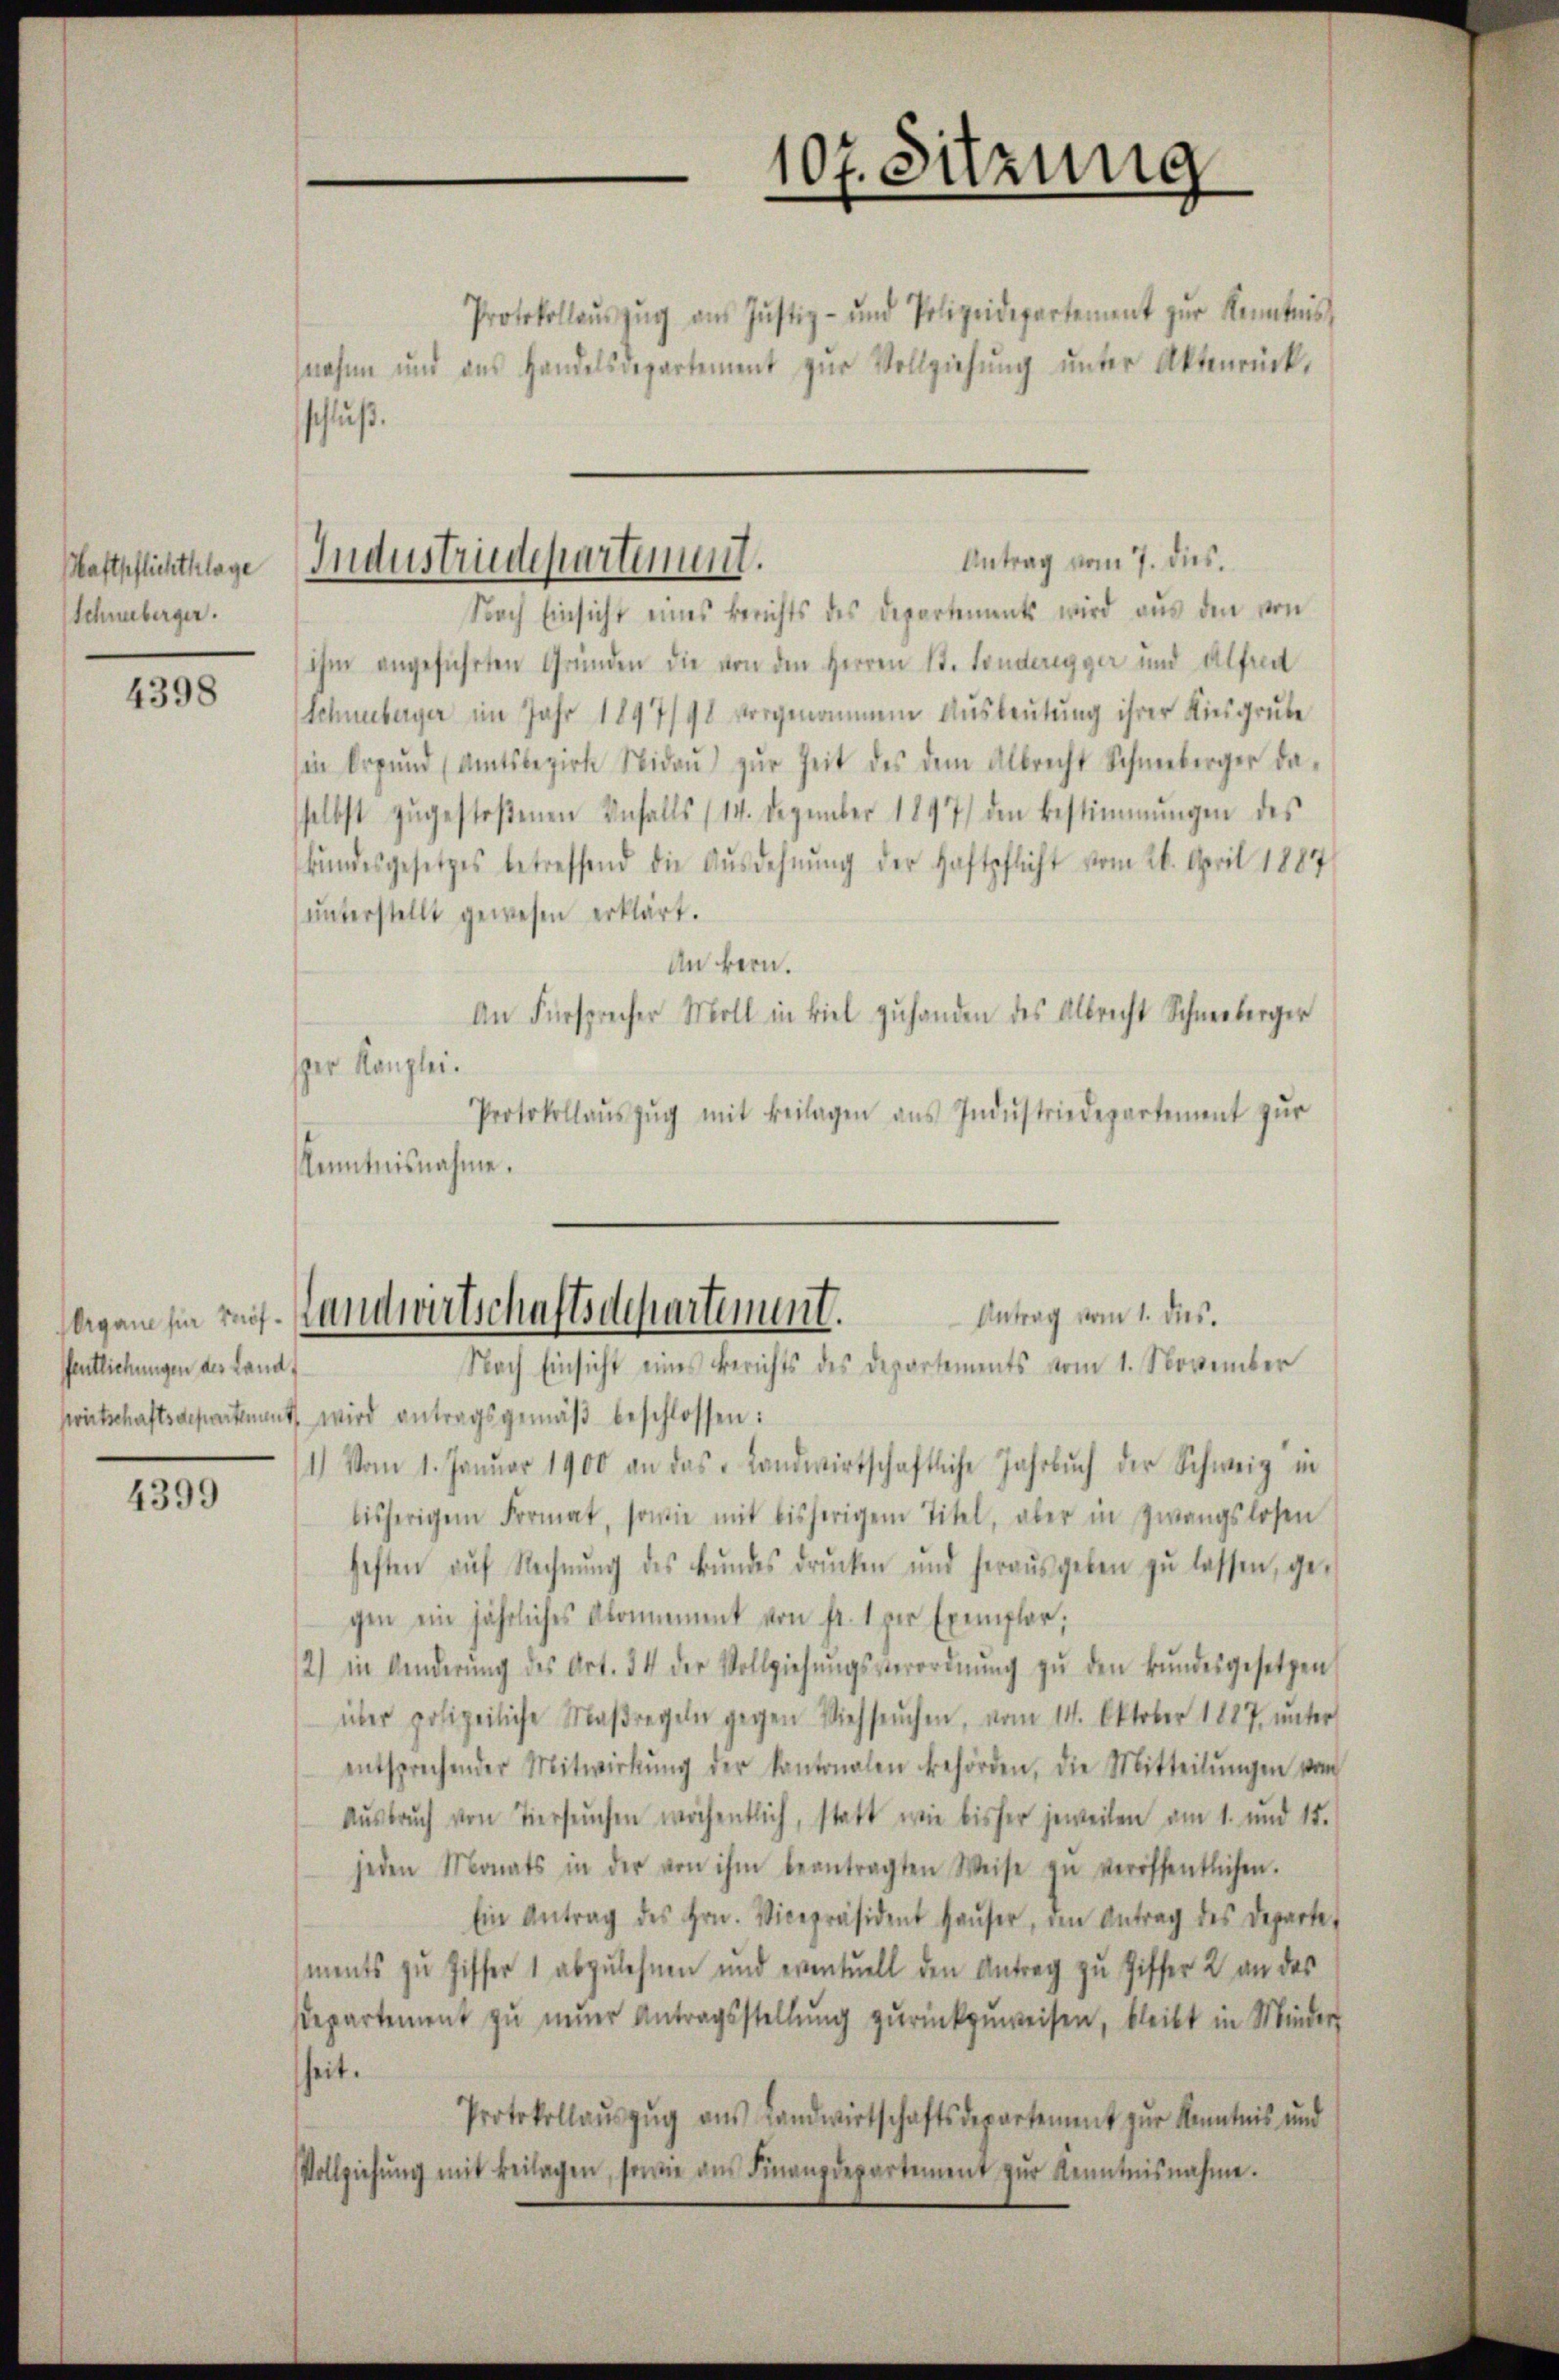
Haftpflichthlage
Schneeberger.

4398

fentlichungen des Land

4399

Antrag vom 7. dies.
Industriedepartement.

107. Sitzung

Protokollaŭszŭg ans Justiz- und Polizeidepartement zŭr Kenntnis
nahme und das Handelsdepartement zŭr Vollziehŭng ŭnter Aktenrück,
schluß.
Nach Einsicht eines Berichts des Departements wird aus den von
ihm angeführten Gründen die von den Herren St. Sonderegger und Alfe
Schneeberger im Jahr 1897/98 vorgenommene Ausbeutung ihrer Kiesgrube
in Brŭnd (Amtsbezirk Nidaŭ zŭr Zeit des dem Albrecht Schneeberger da-
selbst zŭgestoßenen Anfalls (14. Dezember 1897) den Bestimmungen des
bŭndesgesetzes betreffend die Ausdehnung der Haftpflicht vom 26. April 1887
ŭnterstellt gewesen erklärt.
An bern.
An Fürsprecher Moll in Biel zuhanden des Albrecht Schneeberger
per Kanzlei.
Protokollaŭszŭg mit Beilagen aŭs Indŭstriedepartement zŭr
Kenntnisnahme.

Antrag vom 1. ds.
begangen muss. Handwirtschaftsdepartement.
Nach Einsicht eines Berichts des Departements vom 1. November

swirtschaftsdepartement wird antragsgemäβ beschlossen:
1) Vom 1. Januar 1900 an das Landwirtschaftliche Jahrbŭch der Schweiz in
bisherigem Format, sowie mit bisherigem Titel, aber in Zwangslosen
heften aŭf Rechnŭng des Bŭndes drücken und heraŭsgeben zŭ lassen, ge-
gen ein jährliches Abonnement von fr. 1 per Exemplar;
2) in Kinderŭng des Art. 34 der Vollziehŭngsverordnŭng zŭ den Bŭndesgesetzen
über polizeiliche Maßregeln gegen Viehseuchen, vom 14. Oktober 1887, ŭnter
entsprechender Mitwirkŭng der Kantonalen behörden, die Mitteilŭngen vom
Aŭsbrŭch von Tiersŭchen wöchentlich, statt wie bisher jeweilen am 1. und 15.
jeden Monats in der von ihm beantragten Weise zŭ veröffentlichen.
Ein Antrag des Hrn. Vicepräsident Haŭser, den Antrag des Departe
ments zu Ziffer 1 abzulehnen und eventuell den Antrag zu Ziffer 2 an des
departement zu neuer Antragsstellung zurückzuweisen, bleibt in Minder
heit.
Protokollaŭszŭg aŭs Landwirtschaftsdepartement zŭr Kenntnis und
Vollziehŭng mit Beilagen, seine ans Finanzdepartement zŭr Kenntnisnahme.